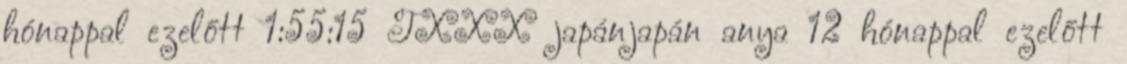
hónappal ezelőtt 1:55:15 TXXX japánjapán anya 12 hónappal ezelőtt